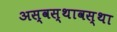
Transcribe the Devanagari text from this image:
अस्वस्थावस्था